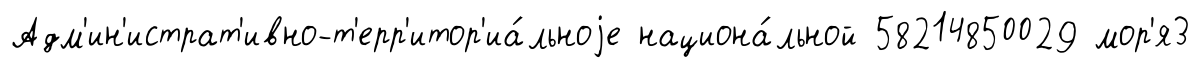
Адм'ин'истрат'ивно-т'ерр'итор'иа́льноjе национа́льной 58214850029 мор'я3